Civil Veterinary Department. Madras. Admin. report 1910-25 - 1910-1925
Year: 1910
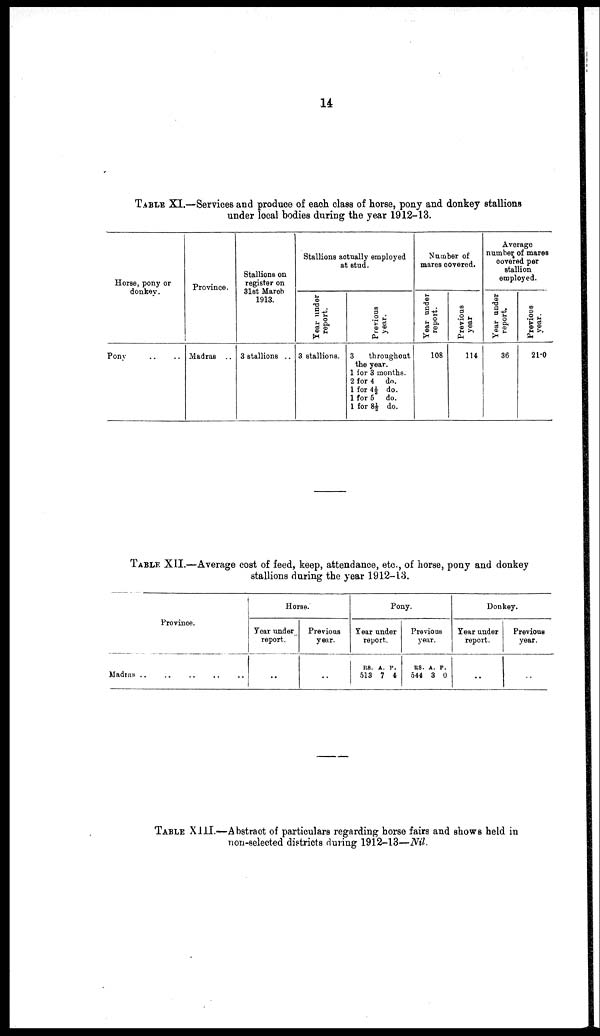
14
TABLE XI.—Services and produce of each class of horse, pony and donkey stallions
under local bodies during the year 1912-13.
Horse, pony or
donkey.
Ponv
Province.
Madras ..
Stallions on
register on
31st March
1913.
3 stallions ..
Stallions actually employed
at stud.
Tear under
report.
3 stallions.
Previous
year.
3
throughout
the year.
1 for 3 months.
2 for 4 do.
1 for 4½ do.
1 for 5 do.
1 for 8½ do.
Number of
mares covered.
Year under
report.
108
Previous
year
114
Average
number of mares
covered per
stallion
employed.
Year under
report.
36
Previous
year.
21.0
TABLE XII.—Average cost of feed, keep, attendance, etc., of horse, pony and donkey
stallions during the year 1912-13.
Province.
Madras ..
Horse.
Year under
report.
..
Previous
year.
..
Pony.
Year under
report.
RS.
513
A.
7
P.
4
Previous
year.
RS.
544
A.
3
P.
0
Donkey.
Year under
report.
..
Previous
year.
..
TABLE XIII.—Abstract of particulars regarding horse fairs and shows held in
non-selected districts during 1912-13—Nil.